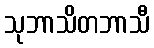
သုဘာသိတဘာသီ